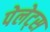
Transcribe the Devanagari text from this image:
पेलेट्स